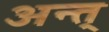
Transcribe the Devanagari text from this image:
अन्त्